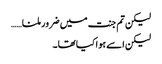
لیکن تم جنت میں ضرور ملنا……
لیکن اسے ہوا کیا تھا۔